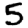
Digit: 5